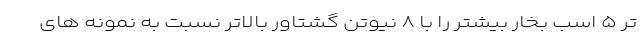
تر ۵ اسب بخار بیشتر را با ۸ نیوتن گشتاور بالاتر نسبت به نمونه های